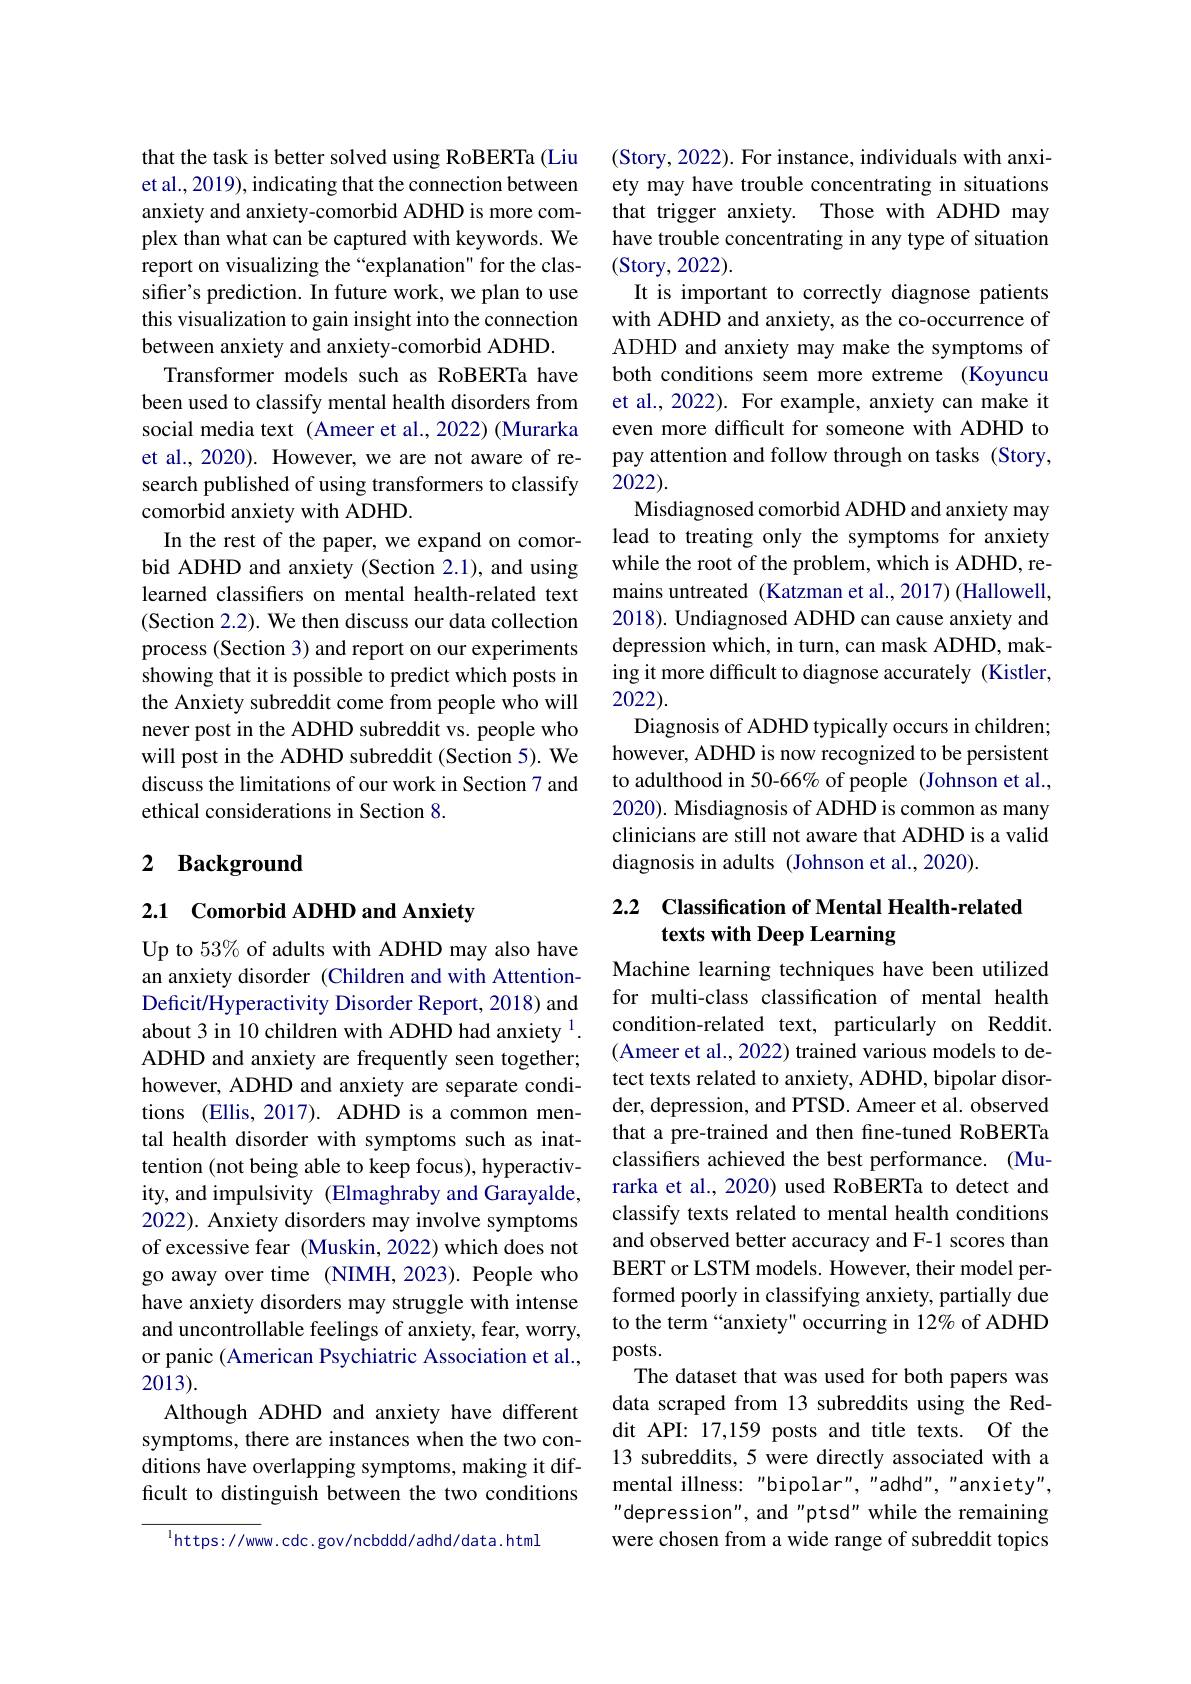
that the task is better solved using RoBERTa (Liu et al., 2019), indicating that the connection between anxiety and anxiety-comorbid ADHD is more complex than what can be captured with keywords. We report on visualizing the “explanation" for the classifier's prediction. In future work, we plan to use this visualization to gain insight into the connection between anxiety and anxiety-comorbid ADHD.
Transformer models such as RoBERTa have been used to classify mental health disorders from social media text (Ameer et al., 2022) (Murarka et al., 2020). However, we are not aware of research published of using transformers to classify comorbid anxiety with ADHD.
In the rest of the paper, we expand on comorbid ADHD and anxiety (Section 2.1), and using learned classifers on mental health-related text (Section 2.2). We then discuss our data collection process (Section 3) and report on our experiments showing that it is possible to predict which posts in the Anxiety subreddit come from people who will never post in the ADHD subreddit vs. people who will post in the ADHD subreddit (Section 5). We discuss the limitations of our work in Section 7 and ethical considerations in Section 8.

## 2 Background

## 2.1 Comorbid ADHD and Anxiety

Up to 53% of adults with ADHD may also have an anxiety disorder (Children and with AttentionDeficit/Hyperactivity Disorder Report, 2018) and about 3 in 10 children with ADHD had anxiety $^{1}.$ ADHD and anxiety are frequently seen together; however, ADHD and anxiety are separate conditions (Ellis, 2017). ADHD is a common mental health disorder with symptoms such as inattention (not being able to keep focus), hyperactivity, and impulsivity (Elmaghraby and Garayalde, 2022). Anxiety disorders may involve symptoms of excessive fear (Muskin, 2022) which does not go away over time (NIMH, 2023). People who have anxiety disorders may struggle with intense and uncontrollable feelings of anxiety, fear, worry, or panic (American Psychiatric Association et al., 2013).
Although ADHD and anxiety have different symptoms, there are instances when the two conditions have overlapping symptoms, making it difficult to distinguish between the two conditions

$^{\mathrm{l}}$https://www. cdc. gov/ncbddd/adhd/data.html

(Story, 2022). For instance, individuals with anxiety may have trouble concentrating in situations that trigger anxiety. Those with ADHD may have trouble concentrating in any type of situation (Story, 2022).
It is important to correctly diagnose patients with ADHD and anxiety, as the co-occurrence of ADHD and anxiety may make the symptoms of both conditions seem more extreme (Koyuncu et al., 2022). For example, anxiety can make it even more difficult for someone with ADHD to pay attention and follow through on tasks (Story, 2022).
Misdiagnosed comorbid ADHD and anxiety may lead to treating only the symptoms for anxiety while the root of the problem, which is ADHD, remains untreated (Katzman et al., 2017) (Hallowell, 2018). Undiagnosed ADHD can cause anxiety and depression which, in turn, can mask ADHD, making it more difficult to diagnose accurately (Kistler, 2022).
Diagnosis of ADHD typically occurs in children; however, ADHD is now recognized to be persistent to adulthood in 50-66% of people (Johnson et al., 2020). Misdiagnosis of ADHD is common as many clinicians are still not aware that ADHD is a valid diagnosis in adults (Johnson et al., 2020).

## 2.2 Classification of Mental Health-related texts with Deep Learning

Machine learning techniques have been utilized for multi-class classification of mental health condition-related text, particularly on Reddit. (Ameer et al., 2022) trained various models to detect texts related to anxiety, ADHD, bipolar disorder, depression, and PTSD. Ameer et al. observed that a pre-trained and then fine-tuned RoBERTa classifers achieved the best performance. (Murarka et al., 2020) used RoBERTa to detect and classify texts related to mental health conditions and observed better accuracy and F-1 scores than BERT or LSTM models. However, their model performed poorly in classifying anxiety, partially due to the term“anxiety" occurring in 12% of ADHD posts.
The dataset that was used for both papers was data scraped from 13 subreddits using the Reddit API: 17,159 posts and title texts. Of the 13 subreddits, 5 were directly associated with a mental illness: "bipolar", "adhd", "anxiety", depression", and "ptsd" while the remaining were chosen from a wide range of subreddit topics